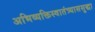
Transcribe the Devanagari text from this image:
अभिव्यक्तिस्वातंत्र्याससुद्धा